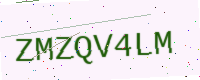
Text: ZMZQV4LM